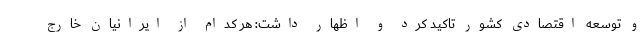
و توسعه اقتصادی کشور تاکید کرد و اظهار داشت: هر کدام از ایرانیان خارج